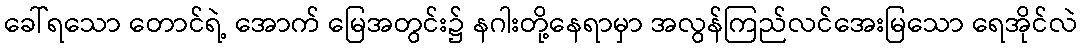
ခေါ်ရသော တောင်ရဲ့ အောက် မြေအတွင်း၌ နဂါးတို့နေရာမှာ အလွန်ကြည်လင်အေးမြသော ရေအိုင်လဲ